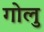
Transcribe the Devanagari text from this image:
गोलु